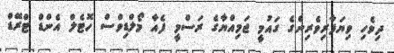
ދިވެހި ވިޔަފާރިވެރިންގެ ގައުމީ ޖަމިއްޔާގެ ރަސްމީ ފެއާ މޯލްޑިވްސް ހޮޓެލް އެންޑް ޓްރޭޑް